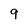
Character: 9